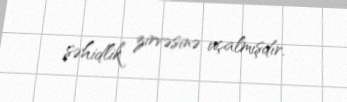
şəhidlik zirvəsinə uçalmışdır.